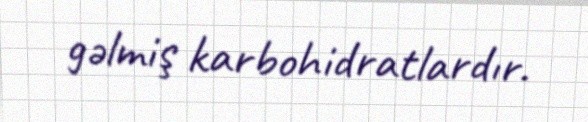
gəlmiş karbohidratlardır.